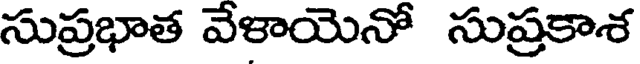
సుప్రభాత వేళాయెనో సుప్రకాశ